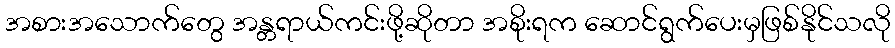
အစားအသောက်တွေ အန္တရာယ်ကင်းဖို့ဆိုတာ အစိုးရက ဆောင်ရွက်ပေးမှဖြစ်နိုင်သလို